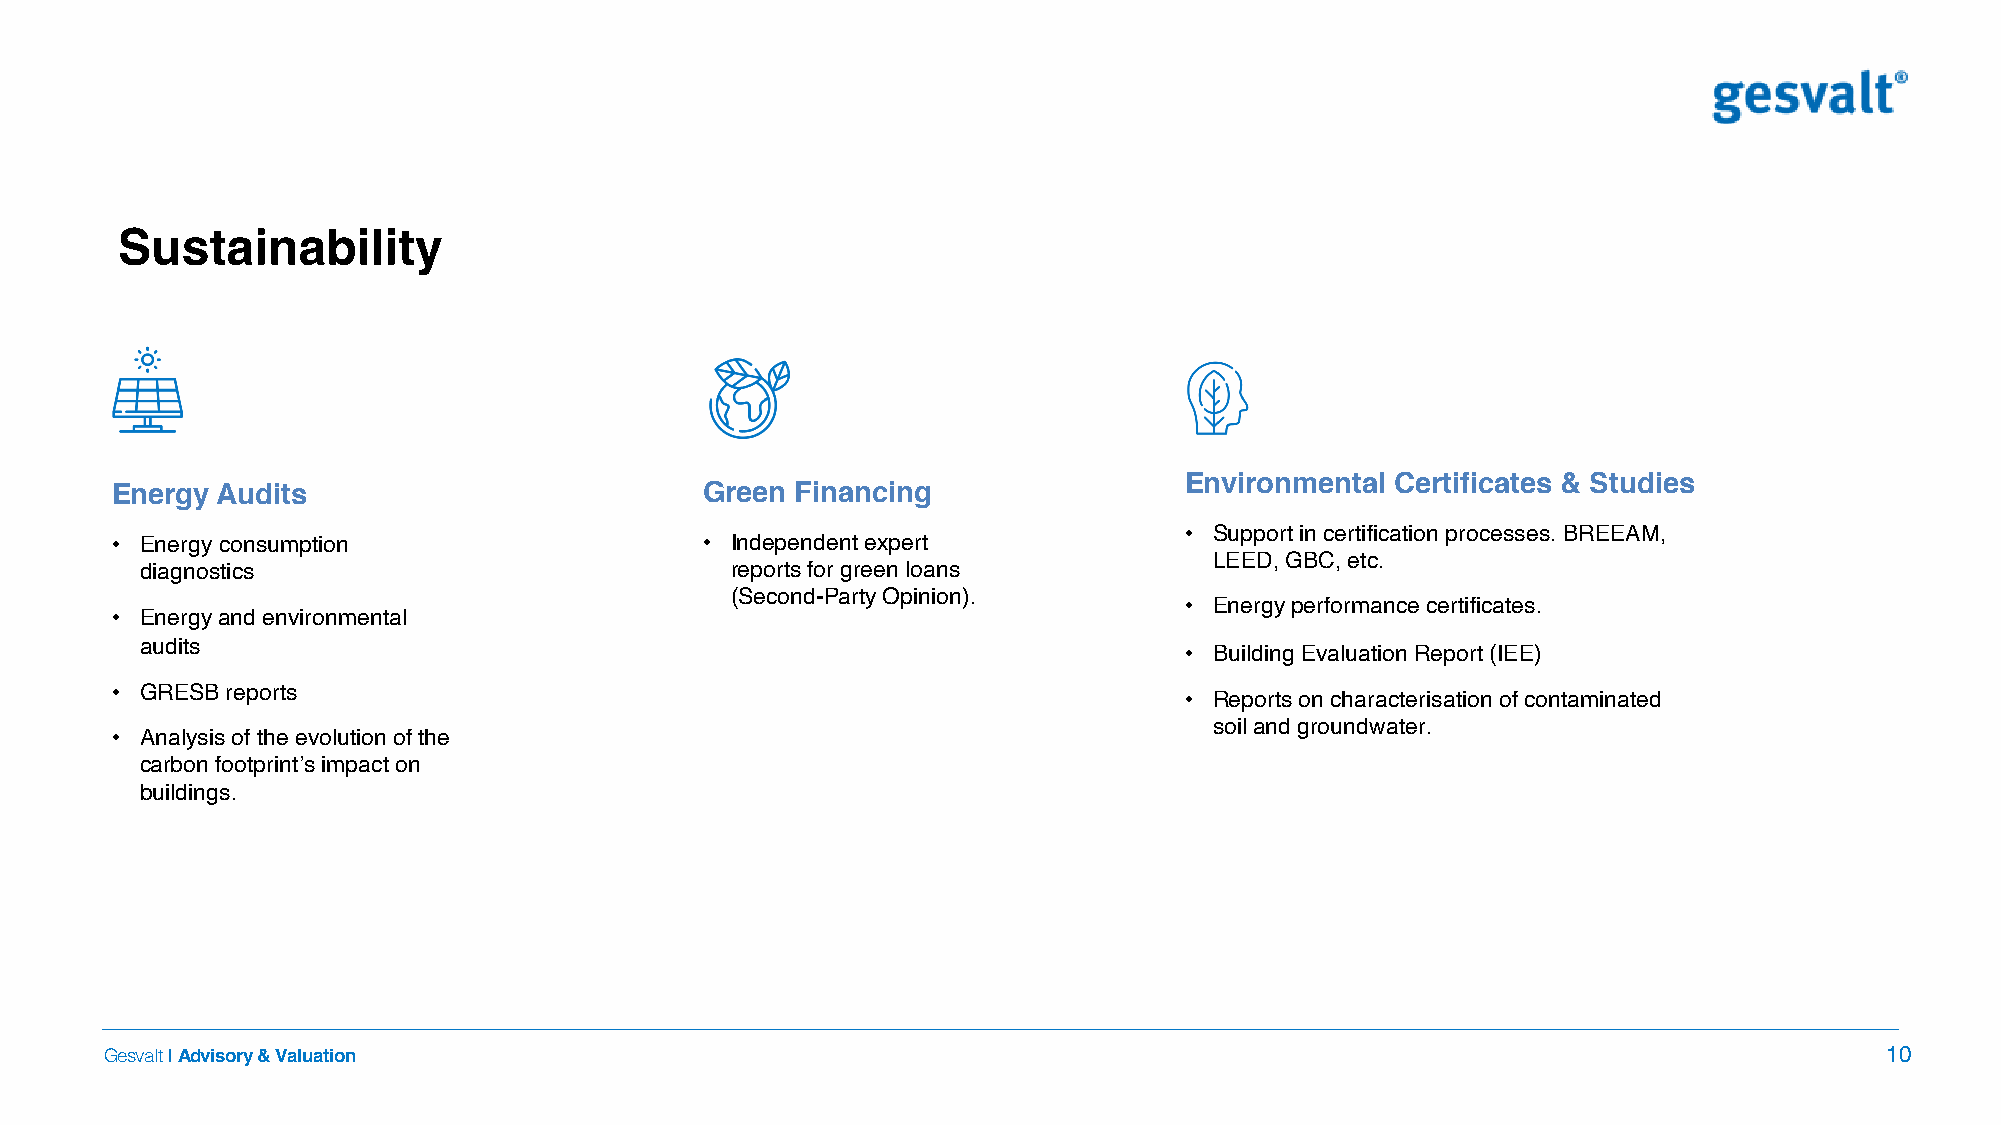
Sustainability
 Environmental Certificates & Studies
 Energy Audits                          Green  Financing
 • Support in certification processes. BREEAM,
 • Energy consumption                   • Independent expert
 LEED, GBC, etc.
 diagnostics                            reports for green loans
 (Second-Party Opinion).
 • Energy performance certificates.
 • Energy and environmental
 audits
 • Building Evaluation Report (IEE)
 • GRESB reports
 • Reports on characterisation of contaminated
 soil and groundwater.
 • Analysis of the evolution of the
 carbon footprint’s impact on
 buildings.
 Gesvalt|Advisory & Valuation                                                                                          10